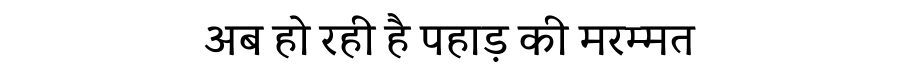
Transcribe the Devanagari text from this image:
अब हो रही है पहाड़ की मरम्मत